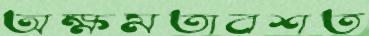
অক্ষমতাবশত